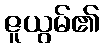
ဇူယွမ်၏